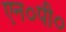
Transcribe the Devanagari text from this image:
एन०पी०